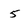
Character: 5